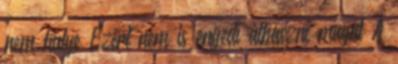
nem hülye Ezért nem is engedi átbaszni magát A